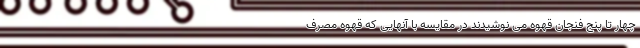
چهار تا پنج فنجان قهوه می نوشیدند در مقایسه با آنهایی که قهوه مصرف